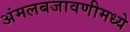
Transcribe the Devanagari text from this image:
अंमलबजावणीमध्ये